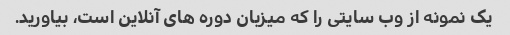
یک نمونه از وب سایتی را که میزبان دوره های آنلاین است، بیاورید.